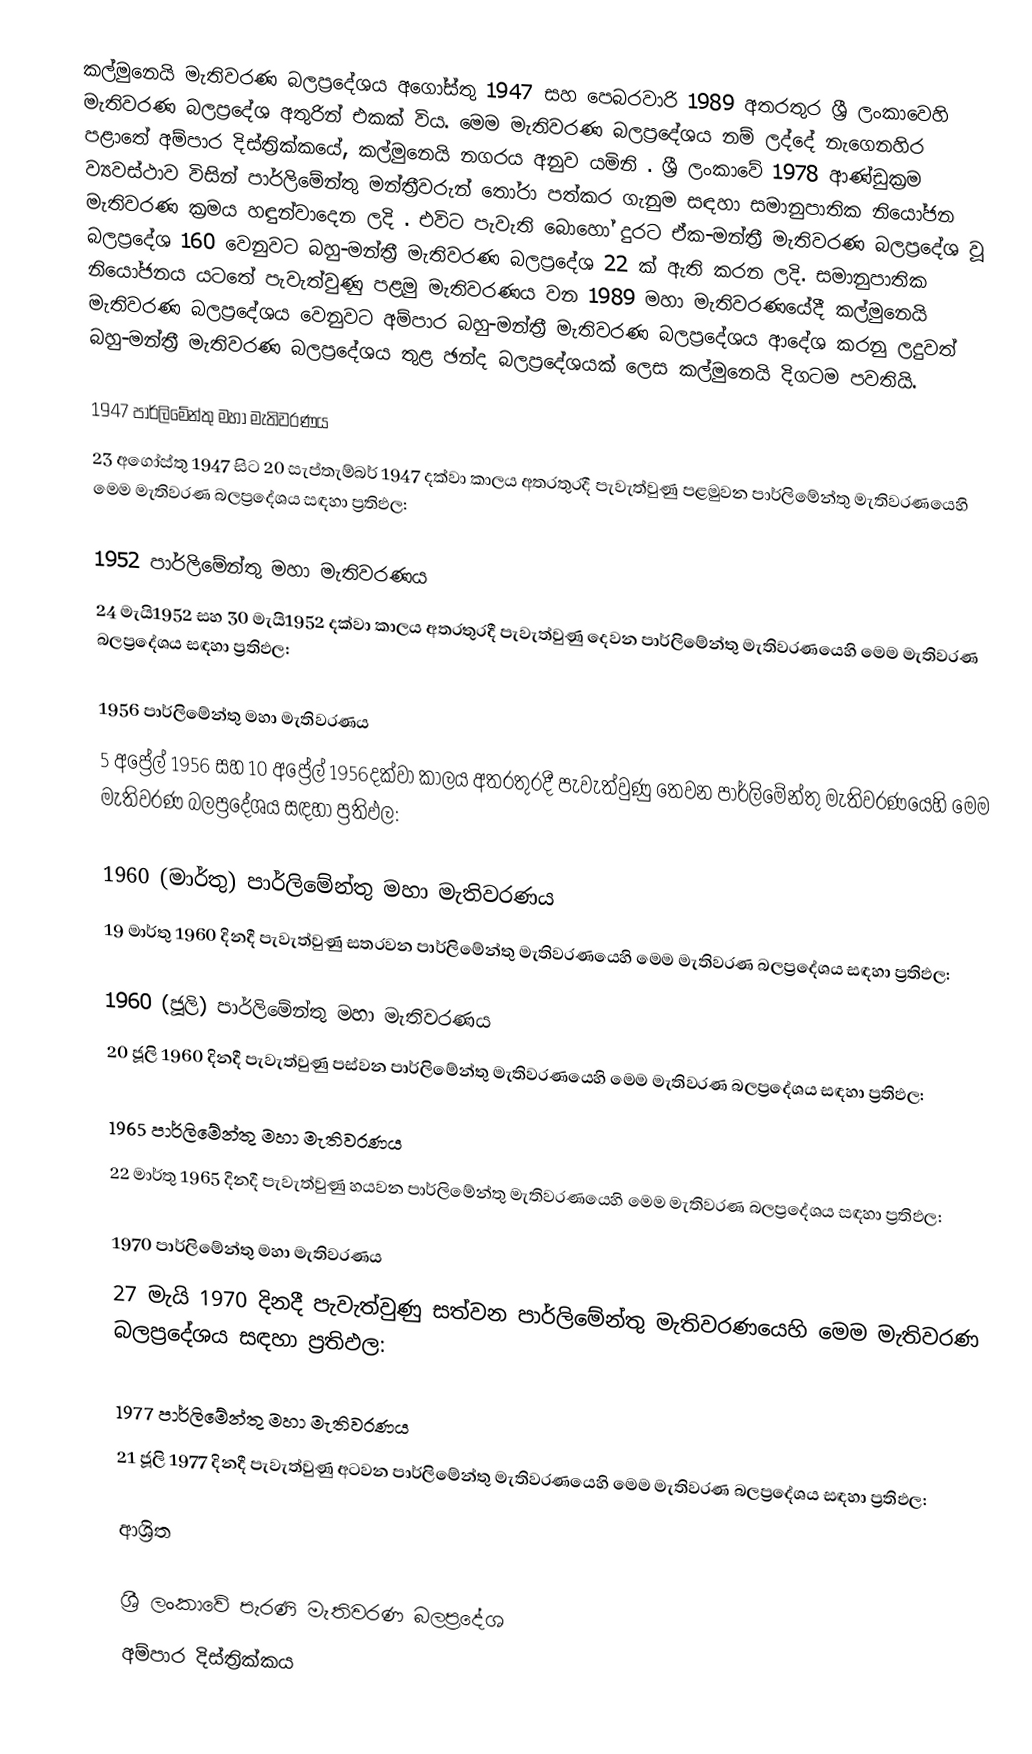
කල්මුනෙයි මැතිවරණ බලප්‍රදේශය  අගෝස්තු 1947 සහ පෙබරවාරි 1989 අතරතුර  ශ්‍රී ලංකාවෙහි  මැතිවරණ බලප්‍රදේශ අතුරින් එකක් විය. මෙම මැතිවරණ බලප්‍රදේශය නම් ලද්දේ  නැගෙනහිර පළාතේ  අම්පාර දිස්ත්‍රික්කයේ,  කල්මුනෙයි නගරය අනුව යමිනි . ශ්‍රී ලංකාවේ 1978 ආණ්ඩුක්‍රම ව්‍යවස්ථාව විසින්   පාර්ලිමේන්තු මන්ත්‍රීවරුන් තෝරා පත්කර ගැනුම සඳහා සමානුපාතික නියෝජන මැතිවරණ ක්‍රමය හඳුන්වාදෙන ලදි . එවිට පැවැති බොහෝ දුරට  ඒක-මන්ත්‍රී මැතිවරණ බලප්‍රදේශ වූ බලප්‍රදේශ 160 වෙනුවට බහු-මන්ත්‍රී මැතිවරණ බලප්‍රදේශ 22 ක් ඇති කරන ලදි. සමානුපාතික නියෝජනය යටතේ පැවැත්වුණු පළමු මැතිවරණය වන 1989 මහා මැතිවරණයේදී  කල්මුනෙයි මැතිවරණ බලප්‍රදේශය වෙනුවට  අම්පාර බහු-මන්ත්‍රී මැතිවරණ බලප්‍රදේශය  ආදේශ කරනු ලදුවත් බහු-මන්ත්‍රී මැතිවරණ බලප්‍රදේශය තුළ ඡන්ද බලප්‍රදේශයක් ලෙස කල්මුනෙයි දිගටම පවතියි.

1947 පාර්ලිමේන්තු මහා මැතිවරණය
23 අගෝස්තු 1947 සිට 20 සැප්තැම්බර් 1947 දක්වා කාලය අතරතුරදී පැවැත්වුණු  පළමුවන පාර්ලිමේන්තු මැතිවරණයෙහි මෙම මැතිවරණ බලප්‍රදේශය සඳහා ප්‍රතිඵල:

1952 පාර්ලිමේන්තු මහා මැතිවරණය
24 මැයි1952 සහ 30 මැයි1952 දක්වා කාලය අතරතුරදී පැවැත්වුණු  දෙවන පාර්ලිමේන්තු මැතිවරණයෙහි මෙම මැතිවරණ බලප්‍රදේශය සඳහා ප්‍රතිඵල:

1956 පාර්ලිමේන්තු මහා මැතිවරණය
5 අප්‍රේල් 1956 සහ 10 අප්‍රේල් 1956දක්වා කාලය අතරතුරදී පැවැත්වුණු  තෙවන පාර්ලිමේන්තු මැතිවරණයෙහි මෙම මැතිවරණ බලප්‍රදේශය සඳහා ප්‍රතිඵල:

1960 (මාර්තු) පාර්ලිමේන්තු මහා මැතිවරණය
19 මාර්තු 1960 දිනදී පැවැත්වුණු  සතරවන පාර්ලිමේන්තු මැතිවරණයෙහි මෙම මැතිවරණ බලප්‍රදේශය සඳහා ප්‍රතිඵල:

1960 (ජූලි) පාර්ලිමේන්තු මහා මැතිවරණය
20 ජූලි 1960 දිනදී පැවැත්වුණු  පස්වන පාර්ලිමේන්තු මැතිවරණයෙහි මෙම මැතිවරණ බලප්‍රදේශය සඳහා ප්‍රතිඵල:

1965 පාර්ලිමේන්තු මහා මැතිවරණය
22 මාර්තු 1965  දිනදී පැවැත්වුණු  හයවන පාර්ලිමේන්තු මැතිවරණයෙහි මෙම මැතිවරණ බලප්‍රදේශය සඳහා ප්‍රතිඵල:

1970 පාර්ලිමේන්තු මහා මැතිවරණය
27 මැයි 1970 දිනදී පැවැත්වුණු  සත්වන පාර්ලිමේන්තු මැතිවරණයෙහි මෙම මැතිවරණ බලප්‍රදේශය සඳහා ප්‍රතිඵල:

1977 පාර්ලිමේන්තු මහා මැතිවරණය
21 ජූලි 1977 දිනදී පැවැත්වුණු  අටවන පාර්ලිමේන්තු මැතිවරණයෙහි මෙම මැතිවරණ බලප්‍රදේශය සඳහා ප්‍රතිඵල:

ආශ්‍රිත

ශ්‍රී ලංකාවේ පැරණි මැතිවරණ බලප්‍රදේශ
අම්පාර දිස්ත්‍රික්කය